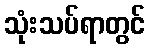
သုံးသပ်ရာတွင်